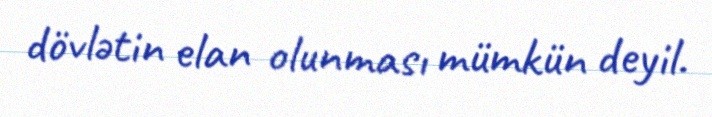
dövlətin elan olunması mümkün deyil.